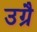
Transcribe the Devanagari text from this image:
उग्रै